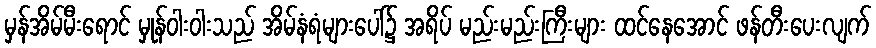
မှန်အိမ်မီးရောင် မှုန်ဝါးဝါးသည် အိမ်နံရံများပေါ်၌ အရိပ် မည်းမည်းကြီးများ ထင်နေအောင် ဖန်တီးပေးလျက်